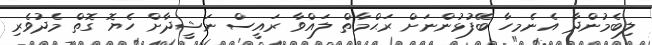
ލިބެމުންދާ އެނެމހާ ބޭފުޅުންނަށް ރަޙްމާތް ލައްވާ ރައީސް ނަޝީދާށް ހެޔޮ ގޮތް މެދުވެރި